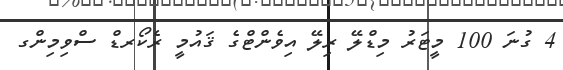
4 ގުނަ 100 މީޓަރު މިޑްލޭ ރިލޭ އިވެންޓްގެ ޤައުމީ ރެކޯރޑް ސްވިމިންގ